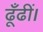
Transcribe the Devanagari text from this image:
ढूँढीं।